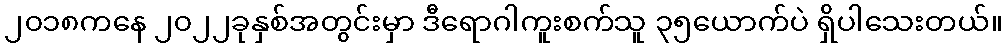
၂၀၁၈ကနေ ၂၀၂၂ခုနှစ်အတွင်းမှာ ဒီရောဂါကူးစက်သူ ၃၅ယောက်ပဲ ရှိပါသေးတယ်။